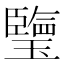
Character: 𤪋